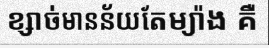
ខ្សាច់មានន័យតែម្យ៉ាង គឺ